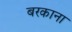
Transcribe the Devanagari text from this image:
बरकाना